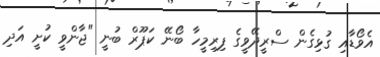
އެވޯޑާއި ގުޅިގެން ސްރީދޭވީގެ ފިރިމީހާ ބޯނޭ ކަޕޫރް ބުނީ "ޖާންވީ ކުށީ އަދި